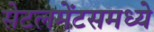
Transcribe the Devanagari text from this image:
सेटलमेंटसमध्ये